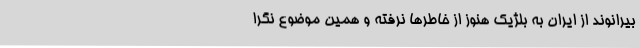
بیرانوند از ایران به بلژیک هنوز از خاطرها نرفته و همین موضوع نگرا